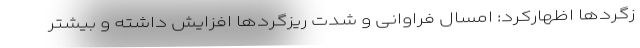
زگردها اظهارکرد: امسال فراوانی و شدت ریزگردها افزایش داشته و بیشتر